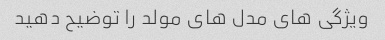
ویژگی های مدل های مولد را توضیح دهید